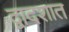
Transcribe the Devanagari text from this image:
द्वादशात